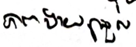
ភាពងាយស្រួល